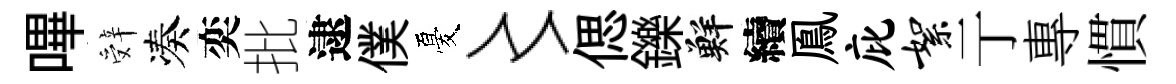
嗶辤凑奕批逮僕憂〻偲鑠鮮續鳯庇絮亍專慣